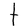
Character: t